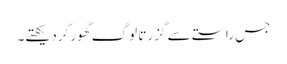
جس راستے سے گزرتا لوگ گھور کردیکھتے۔